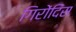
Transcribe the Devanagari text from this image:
गिरोंदिंस